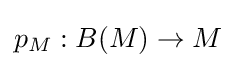
p_{M}:B(M)\to M